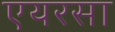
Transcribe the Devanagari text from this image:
एयरसा